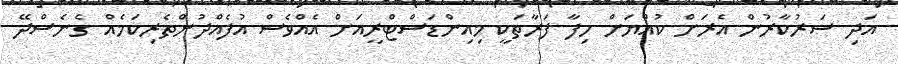
އަދި ސަރުކާރުން އެރަށް ކުއްޔަށް ހިފާ ފަރާތަކީ މިއިންޑަސްޓްރީއަށް އެއްވެސް އުފެއްދުންތެރިކަމެއް ގެނެސްދޭ